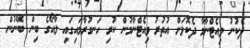
ދެކުނު ވިއެޓްނާމާ ދެކޮޅަށް އުތުރު ވިއެޓްނާމުން ކުރި ހަނގުރާމައިގައި ލާއޯގެ ބިން ބޭނުން